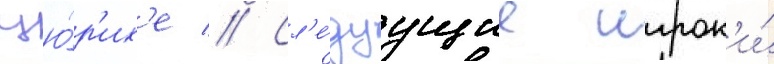
цю́р'их'е // Сл'е́дуущие игрок'и́